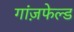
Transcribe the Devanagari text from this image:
गांज़फेल्ड